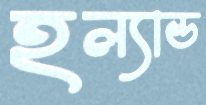
হল্যান্ড